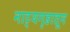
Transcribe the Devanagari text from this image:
नाट्यगृहातून